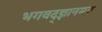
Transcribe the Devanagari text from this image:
भगवद्ज्ञानमय